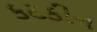
કટકીન